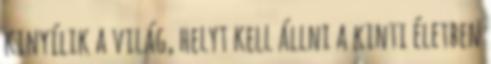
kinyílik a világ, helyt kell állni a kinti életben